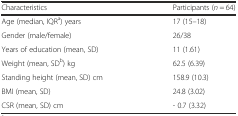
| Characteristics | Participants (n = 64) |
 | --- | --- |
 | Age (median, IQRa) years | 17 (15–18) |
 | Gender (male/female) | 26/38 |
 | Years of education (mean, SD) | 11 (1.61) |
 | Weight (mean, SDb) kg | 62.5 (6.39) |
 | Standing height (mean, SD) cm | 158.9 (10.3) |
 | BMI (mean, SD) | 24.8 (3.02) |
 | CSR (mean, SD) cm | - 0.7 (3.32) |